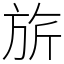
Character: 旂